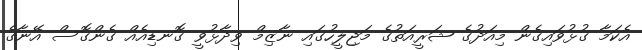
އެކަމާ ގުޅުވައިގެން މިއަދުގެ ޝަރީއަތުގެ މަޖިލީހުގައި ނާޒިމް ވިދާޅުވީ ގޮނޑިއެއް ގެންގޮސް އޭނާގެ